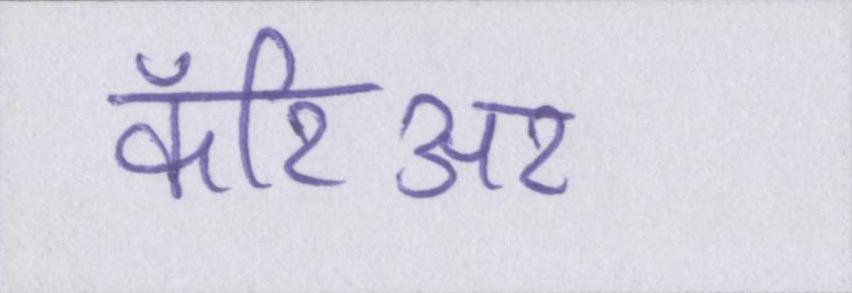
कॅरिअर